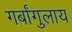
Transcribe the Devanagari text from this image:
गर्बांगुलाय